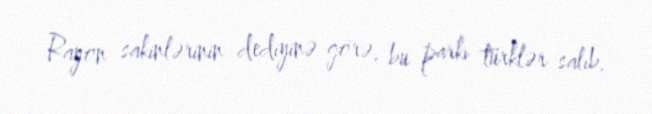
Rayon sakinlərinin dediyinə görə, bu parkı türklər salıb.